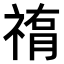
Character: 𥛂